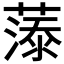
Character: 𮑓